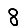
Digit: 8